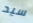
سيد